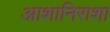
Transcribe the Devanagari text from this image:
आशानिराशा